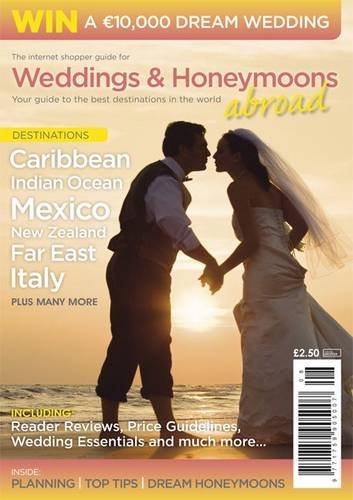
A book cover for Guide to Weddings and Honeymoons Abroad; Crafts, Hobbies & Home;